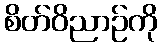
စိတ်ဝိညာဉ်ကို